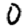
Digit: 0